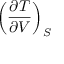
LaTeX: \left( { \frac { \partial T } { \partial V } } \right) _ { S }